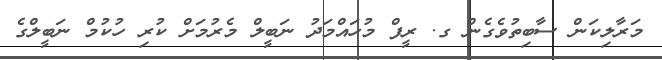
މަރާލިކަން ސާބިތުވެގެން ގ. ރީފް މުހައްމަދު ނަބީލް މެރުމަށް ކުރި ހުކުމް ނަބީލްގެ